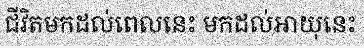
ជីវិតមកដល់ពេលនេះ មកដល់អាយុនេះ